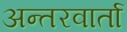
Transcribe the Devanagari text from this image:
अन्तरवार्ता